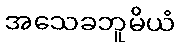
အသေခဘူမိယံ